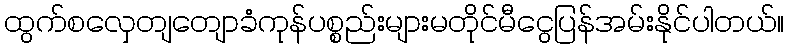
ထွက်စလှေတျတျောခံကုန်ပစ္စည်းများမတိုင်မီငွေပြန်အမ်းနိုင်ပါတယ်။